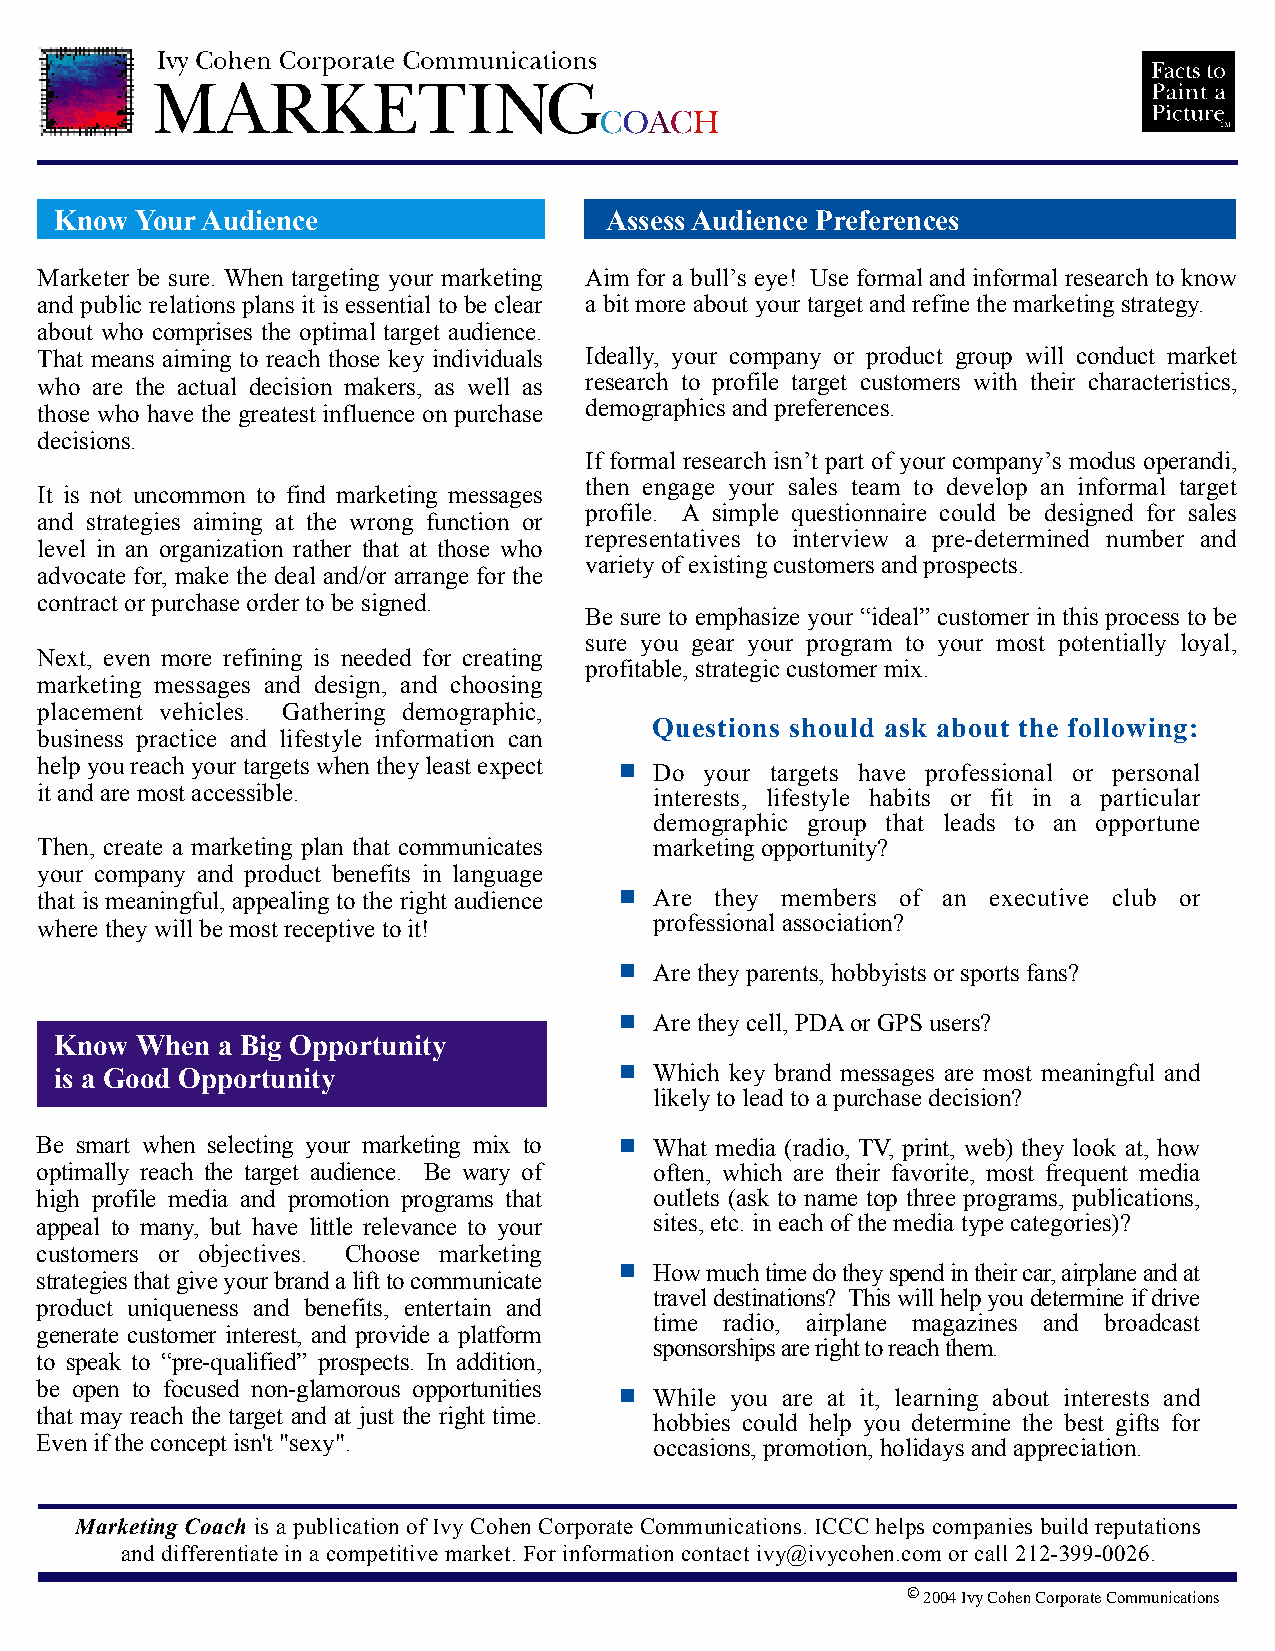
Know Your Audience                  Assess Audience Preferences
 Marketer be sure. When targeting your marketing Aim for a bull’s eye! Use formal and informal research to know
 and public relations plans it is essential to be clear a bit more about your target and refine the marketing strategy.
 about who comprises the optimal target audience.
 That means aiming to reach those key individuals Ideally, your company or product group will conduct market
 who are the actual decision makers, as well as research to profile target customers with their characteristics,
 those who have the greatest influence on purchase demographics and preferences.
 decisions.
 If formal research isn’t part of your company’s modus operandi,
 then engage your sales team to develop an informal target
 It is not uncommon to find marketing messages
 profile. A simple questionnaire could be designed for sales
 and strategies aiming at the wrong function or
 representatives to interview a pre-determined number and
 level in an organization rather that at those who
 variety of existing customers and prospects.
 advocate for, make the deal and/or arrange for the
 contract or purchase order to be signed.
 Be sure to emphasize your “ideal” customer in this process to be
 sure you gear your program to your most potentially loyal,
 Next, even more refining is needed for creating
 profitable, strategic customer mix.
 marketing messages and design, and choosing
 placement vehicles. Gathering demographic,
 QQuueessttiioonnss sshhoouulldd aasskk aabboouutt tthhee ffoolllloowwiinngg::
 business practice and lifestyle information can
 help you reach your targets when they least expect
 Do  your targets have professional or personal
 it and are most accessible.              interests, lifestyle habits or fit in a particular
 demographic group that leads to an opportune
 Then, create a marketing plan that communicates marketing opportunity?
 your company and product benefits in language
 that is meaningful, appealing to the right audience Are they members of an executive club or
 where they will be most receptive to it! professional association?
 Are they parents, hobbyists or sports fans?
 Are they cell, PDA or GPS users?
 Know When a Big Opportunity
 is a Good Opportunity                  Which key brand messages are most meaningful and
 likely to lead to a purchase decision?
 Be smart when selecting your marketing mix to What media (radio, TV, print, web) they look at, how
 optimally reach the target audience. Be wary of often, which are their favorite, most frequent media
 high profile media and promotion programs that outlets (ask to name top three programs, publications,
 appeal to many, but have little relevance to your sites, etc. in each of the media type categories)?
 customers or objectives. Choose marketing
 How much time do they spend in their car, airplane and at
 strategies that give your brand a lift to communicate
 travel destinations? This will help you determine if drive
 product uniqueness and benefits, entertain and
 time radio, airplane magazines and broadcast
 generate customer interest, and provide a platform
 sponsorships are right to reach them.
 to speak to “pre-qualified” prospects. In addition,
 be open to focused non-glamorous opportunities
 While you are at it, learning about interests and
 that may reach the target and at just the right time.
 hobbies could help you determine the best gifts for
 Even if the concept isn't "sexy".        occasions, promotion, holidays and appreciation.
 Marketing Coach is a publication of Ivy Cohen Corporate Communications. ICCC helps companies build reputations
 and differentiate in a competitive market. For information contact ivy@ivycohen.com or call 212-399-0026.
 C 2004 Ivy Cohen Corporate Communications